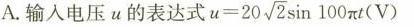
A.输入电压\upsilon的表达式 $$\upsilon = 20 \sqrt{2}\sin 100 \pi t(V)